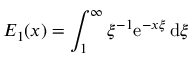
\displaystyle E _ { 1 } ( x ) = \int _ { 1 } ^ { \infty } \xi ^ { - 1 } \mathrm { e } ^ { - x \xi } \: \mathrm { d } \xi